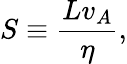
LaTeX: S\equiv{\frac{Lv_{A}}{\eta}},